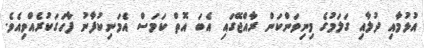
އުޅުމާއި ދުލާއި ގަލަމުގެ މިނިވަންކަން ރާއްޖޭގައި އެބަ އޮތް ކަމަސް އެމަނިކުފާނު ފާހަގަކުރެއްވިއެވެ.